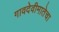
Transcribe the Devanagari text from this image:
गावदेवीमातेचा